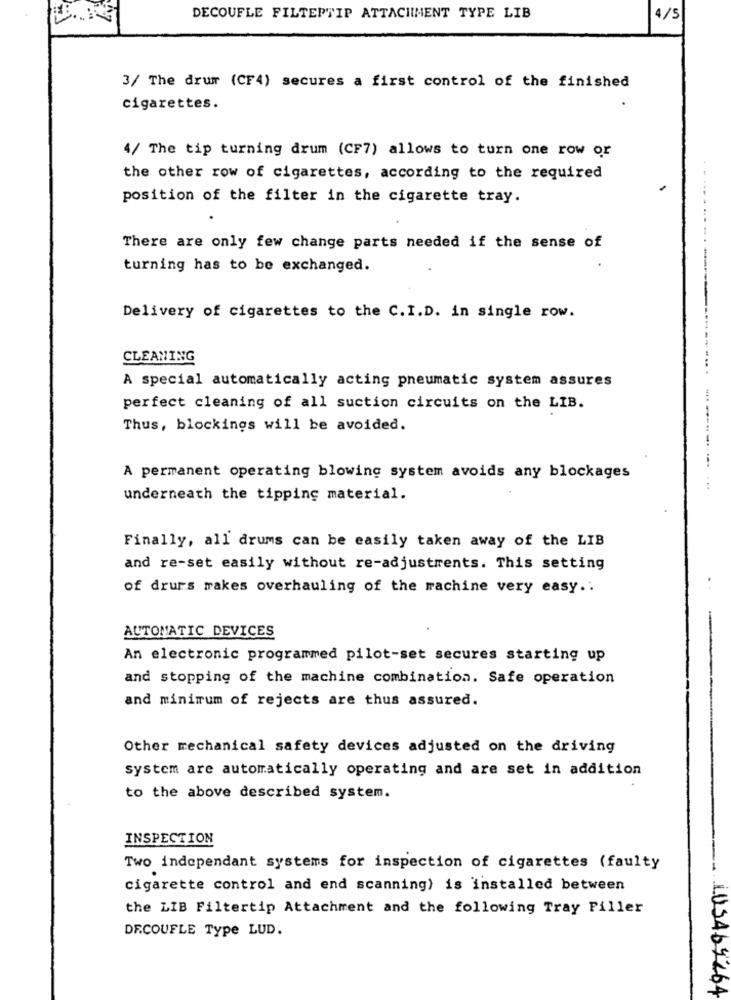
DECOUFLE FILTERTIP ATTACHMENT TYPE LIB
4/5
3/ The drum (CF4) secures a first control of the finished
cigarettes.
4/ The tip turning drum (CF7) allows to turn one row or
the other row of cigarettes, according to the required
position of the filter in the cigarette tray.
There are only few change parts needed if the sense of
turning has to be exchanged.
Delivery of cigarettes to the C.I.D. in single row.
CLEANING
.. .
A special automatically acting pneumatic system assures
perfect cleaning of all suction circuits on the LIB.
Thus, blockings will be avoided.
A permanent operating blowing system avoids any blockages
underneath the tipping material.
Finally, all drums can be easily taken away of the LIB
and re-set easily without re-adjustments. This setting
of drurs makes overhauling of the machine very easy ..
AUTOMATIC DEVICES
An electronic programmed pilot-set secures starting up
and stopping of the machine combination. Safe operation
and minimum of rejects are thus assured.
Other mechanical safety devices adjusted on the driving
system are automatically operating and are set in addition
to the above described system.
INSPECTION
Two independant systems for inspection of cigarettes (faulty
cigarette control and end scanning) is installed between
the LIB Filtertip Attachment and the following Tray Piller
DRCOUFLE Type LUD.
LUSA69264